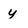
Character: y